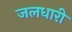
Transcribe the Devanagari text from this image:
जलधारी